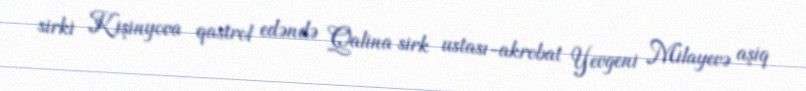
sirki Kişinyova qastrol edəndə Qalina sirk ustası-akrobat Yevgeni Milayevə aşiq